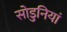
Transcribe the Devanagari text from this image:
सोडुनियां